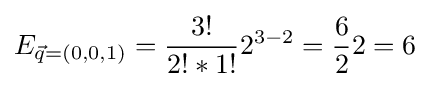
E_{{\vec {q}}=(0,0,1)}={\frac {3!}{2!*1!}}2^{3-2}={\frac {6}{2}}2=6